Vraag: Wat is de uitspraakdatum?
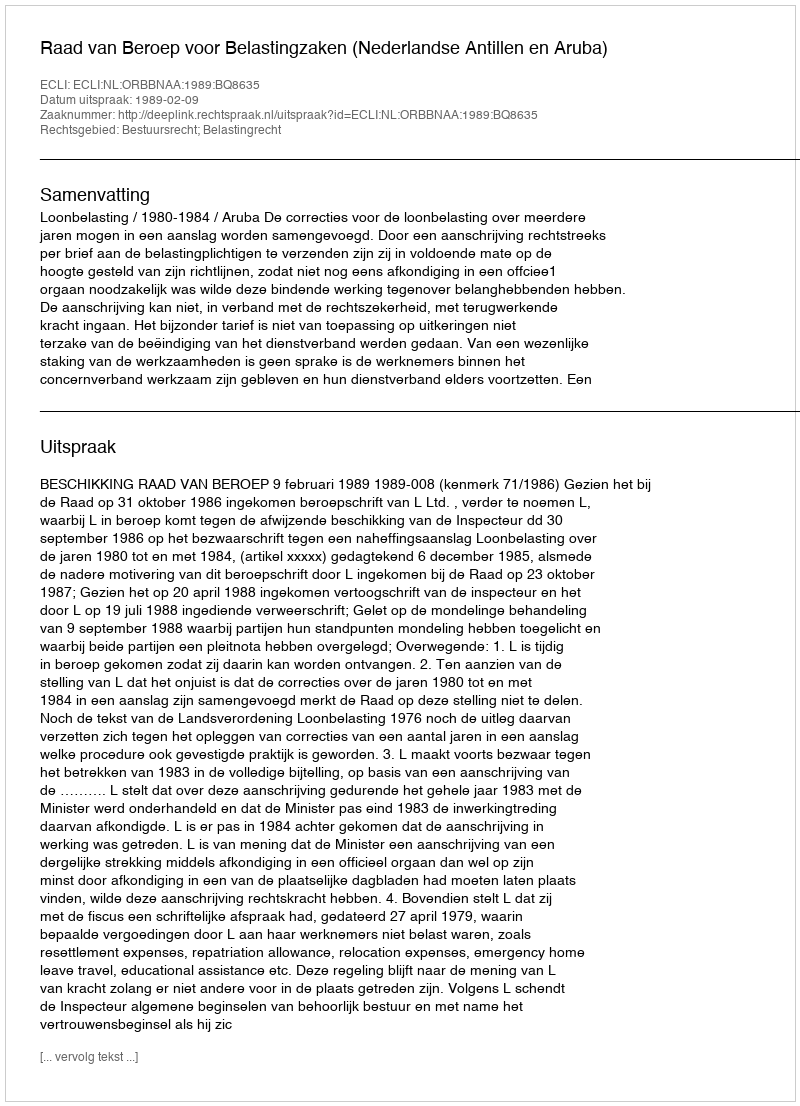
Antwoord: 1989-02-09